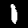
Label: 1